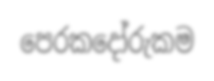
පෙරකදෝරුකම